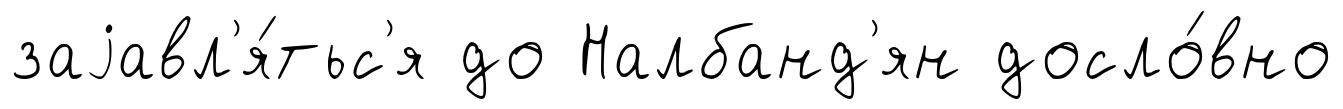
заjавл'я́тьс'я до Налбанд'ян досло́вно